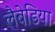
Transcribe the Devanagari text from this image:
लैबेडिया